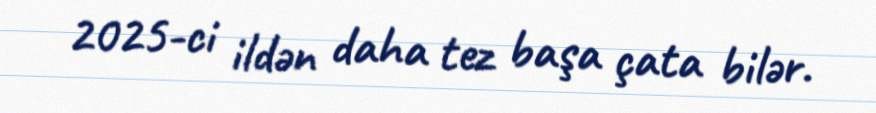
2025-ci ildən daha tez başa çata bilər.